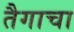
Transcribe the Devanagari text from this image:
तैगाचा